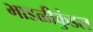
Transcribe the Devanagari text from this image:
भाडळीकुंडल